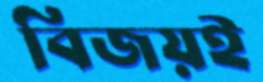
বিজয়ই